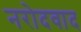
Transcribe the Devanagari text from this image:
नरोदवाद